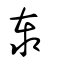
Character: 泰